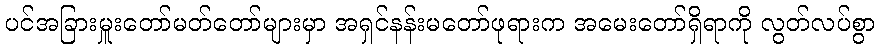
ပင်အခြားမှူးတော်မတ်တော်များမှာ အရှင်နန်းမတော်ဖုရားက အမေးတော်ရှိရာကို လွတ်လပ်စွာ